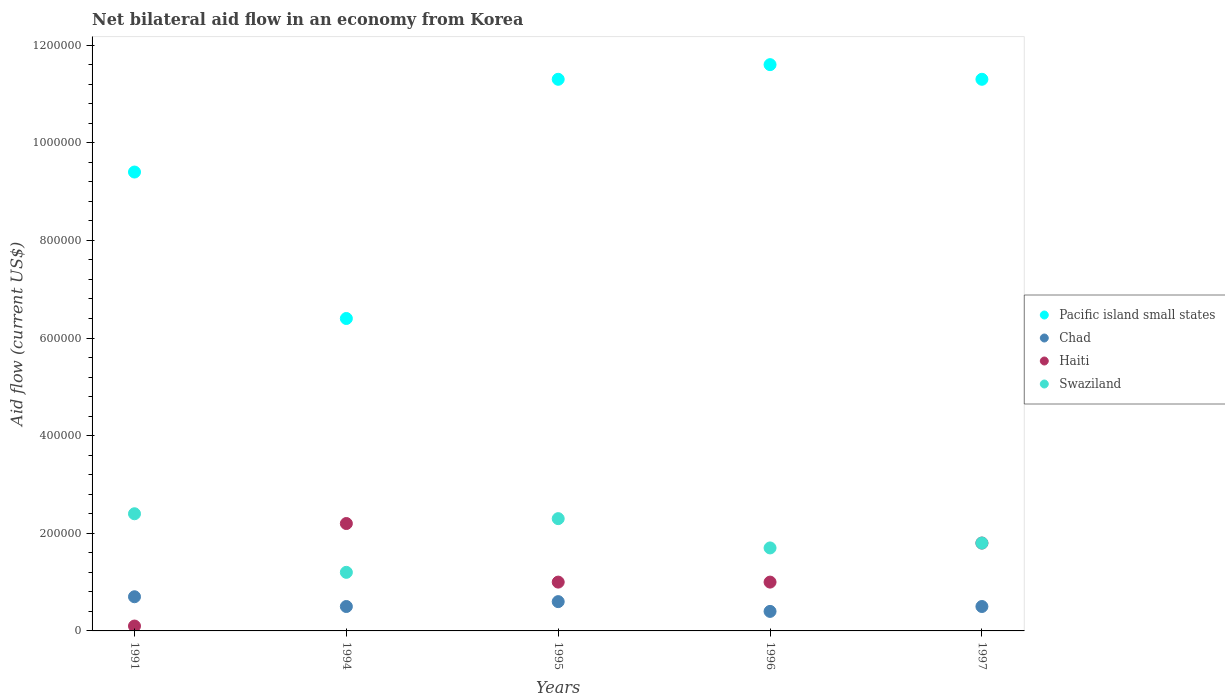
| Years | Pacific island small states | Chad | Haiti | Swaziland |
 | --- | --- | --- | --- | --- |
 | 1991 | 9.4e+05 | 7e+04 | 1e+04 | 2.4e+05 |
 | 1994 | 6.4e+05 | 5e+04 | 2.2e+05 | 1.2e+05 |
 | 1995 | 1.13e+06 | 6e+04 | 1e+05 | 2.3e+05 |
 | 1996 | 1.16e+06 | 4e+04 | 1e+05 | 1.7e+05 |
 | 1997 | 1.13e+06 | 5e+04 | 1.8e+05 | 1.8e+05 |